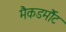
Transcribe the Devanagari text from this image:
मैकडर्मौट